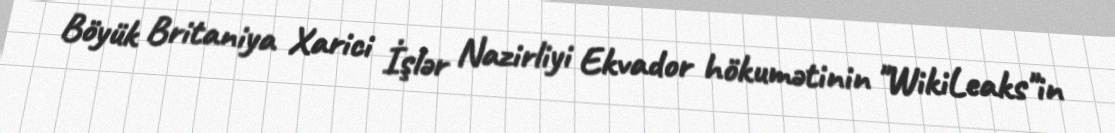
Böyük Britaniya Xarici İşlər Nazirliyi Ekvador hökumətinin "WikiLeaks"in